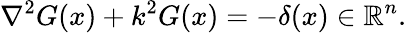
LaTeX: \nabla^{2}G(x)+k^{2}G(x)=-\delta(x)\in\mathbb{R}^{n}.